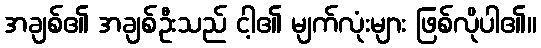
အချစ်၏ အချစ်ဦးသည် ငါ့၏ မျက်လုံးများ ဖြစ်လိုပါ၏။